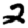
Digit: 2